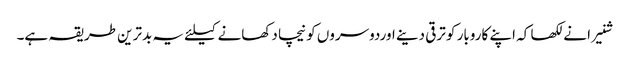
شنیرا نے لکھا کہ اپنے کاروبار کو ترقی دینے اوردوسروں کو نیچا دکھانے کیلئے یہ بدترین طریقہ ہے۔